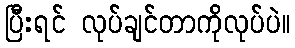
ပြီးရင် လုပ်ချင်တာကိုလုပ်ပဲ။